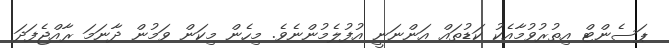
ޕަސެންޓް އިތުރުވުމާއެކު ކަޑުތައް އަންނަނީ އުފުލެމުންނެވެ. މިހެން މިކަން ވަމުން ދާނަމަ ރާއްޖެފަދަ